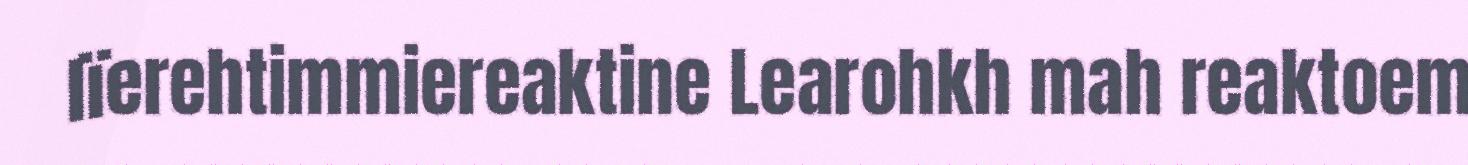
lïerehtimmiereaktine Learohkh mah reaktoem